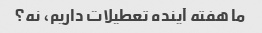
ما هفته آینده تعطیلات داریم، نه؟